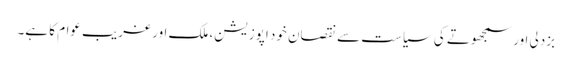
بزدلی اور سمجھوتے کی سیاست سے نقصان خود اپوزیشن، ملک اور غریب عوام کا ہے۔